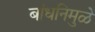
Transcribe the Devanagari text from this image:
बांधनिमुळे